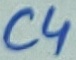
Text: C4